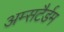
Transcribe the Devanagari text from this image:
अम्सटैर्डम